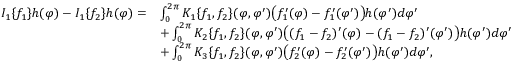
\begin{array} { r l } { I _ { 1 } \{ f _ { 1 } \} h ( \varphi ) - I _ { 1 } \{ f _ { 2 } \} h ( \varphi ) = } & { \int _ { 0 } ^ { 2 \pi } K _ { 1 } \{ f _ { 1 } , f _ { 2 } \} ( \varphi , \varphi ^ { \prime } ) \big ( f _ { 1 } ^ { \prime } ( \varphi ) - f _ { 1 } ^ { \prime } ( \varphi ^ { \prime } ) \big ) h ( \varphi ^ { \prime } ) d \varphi ^ { \prime } } \\ & { + \int _ { 0 } ^ { 2 \pi } K _ { 2 } \{ f _ { 1 } , f _ { 2 } \} ( \varphi , \varphi ^ { \prime } ) \big ( ( f _ { 1 } - f _ { 2 } ) ^ { \prime } ( \varphi ) - ( f _ { 1 } - f _ { 2 } ) ^ { \prime } ( \varphi ^ { \prime } ) \big ) h ( \varphi ^ { \prime } ) d \varphi ^ { \prime } } \\ & { + \int _ { 0 } ^ { 2 \pi } K _ { 3 } \{ f _ { 1 } , f _ { 2 } \} ( \varphi , \varphi ^ { \prime } ) \big ( f _ { 2 } ^ { \prime } ( \varphi ) - f _ { 2 } ^ { \prime } ( \varphi ^ { \prime } ) \big ) h ( \varphi ^ { \prime } ) d \varphi ^ { \prime } , } \end{array}